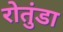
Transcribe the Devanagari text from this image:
रोतुंडा